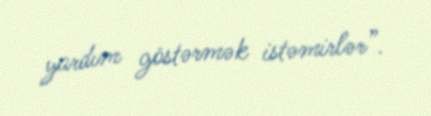
yardım göstərmək istəmirlər”.